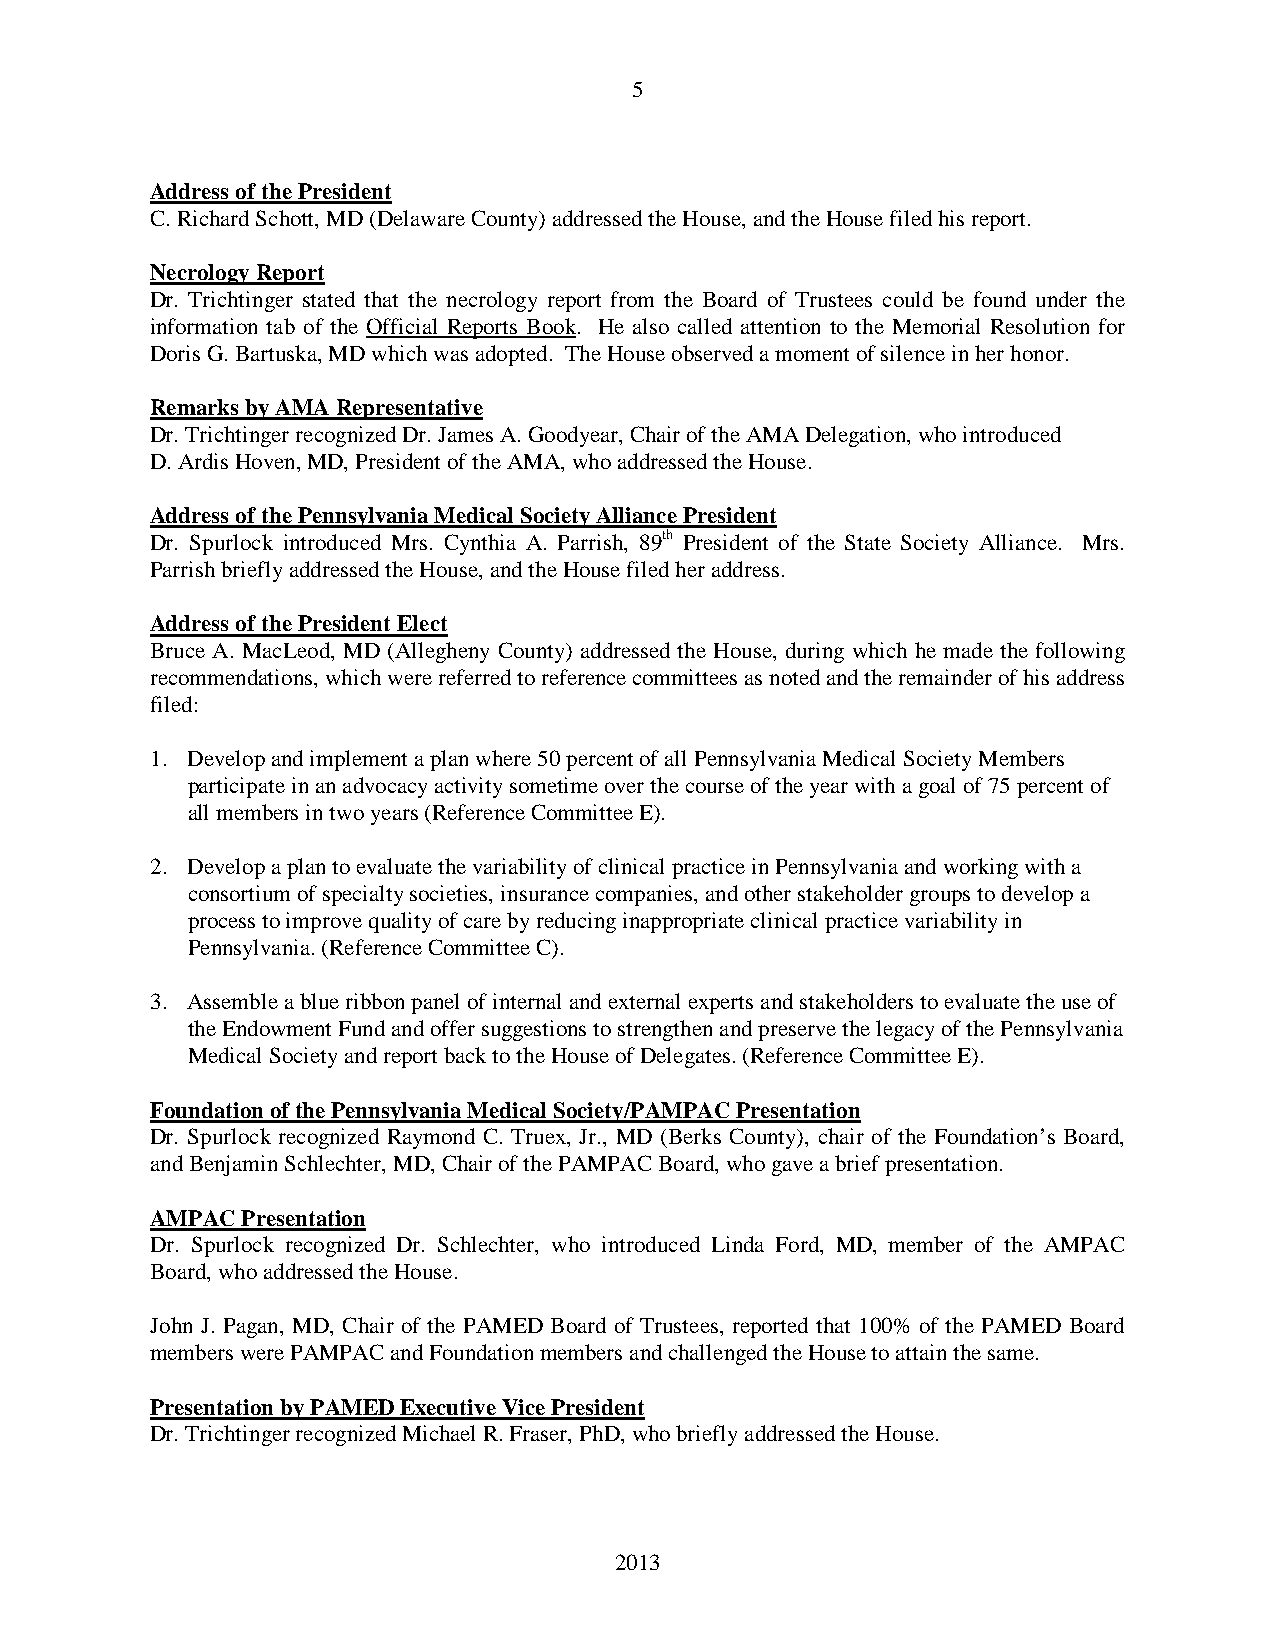
5
 Address of the President
 C. Richard Schott, MD (Delaware County) addressed the House, and the House filed his report.
 Necrology Report
 Dr. Trichtinger stated that the necrology report from the Board of Trustees could be found under the
 information tab of the Official Reports Book. He also called attention to the Memorial Resolution for
 Doris G. Bartuska, MD which was adopted. The House observed a moment of silence in her honor.
 Remarks by AMA Representative
 Dr. Trichtinger recognized Dr. James A. Goodyear, Chair of the AMA Delegation, who introduced
 D. Ardis Hoven, MD, President of the AMA, who addressed the House.
 Address of the Pennsylvania Medical Society Alliance President
 Dr. Spurlock introduced Mrs. Cynthia A. Parrish, 89th President of the State Society Alliance. Mrs.
 Parrish briefly addressed the House, and the House filed her address.
 Address of the President Elect
 Bruce A. MacLeod, MD (Allegheny County) addressed the House, during which he made the following
 recommendations, which were referred to reference committees as noted and the remainder of his address
 filed:
 1. Develop and implement a plan where 50 percent of all Pennsylvania Medical Society Members
 participate in an advocacy activity sometime over the course of the year with a goal of 75 percent of
 all members in two years (Reference Committee E).
 2. Develop a plan to evaluate the variability of clinical practice in Pennsylvania and working with a
 consortium of specialty societies, insurance companies, and other stakeholder groups to develop a
 process to improve quality of care by reducing inappropriate clinical practice variability in
 Pennsylvania. (Reference Committee C).
 3. Assemble a blue ribbon panel of internal and external experts and stakeholders to evaluate the use of
 the Endowment Fund and offer suggestions to strengthen and preserve the legacy of the Pennsylvania
 Medical Society and report back to the House of Delegates. (Reference Committee E).
 Foundation of the Pennsylvania Medical Society/PAMPAC Presentation
 Dr. Spurlock recognized Raymond C. Truex, Jr., MD (Berks County), chair of the Foundation’s Board,
 and Benjamin Schlechter, MD, Chair of the PAMPAC Board, who gave a brief presentation.
 AMPAC Presentation
 Dr. Spurlock recognized Dr. Schlechter, who introduced Linda Ford, MD, member of the AMPAC
 Board, who addressed the House.
 John J. Pagan, MD, Chair of the PAMED Board of Trustees, reported that 100% of the PAMED Board
 members were PAMPAC and Foundation members and challenged the House to attain the same.
 Presentation by PAMED Executive Vice President
 Dr. Trichtinger recognized Michael R. Fraser, PhD, who briefly addressed the House.
 2013